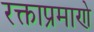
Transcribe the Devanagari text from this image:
रक्ताप्रमाणे